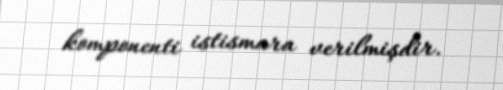
komponenti istismara verilmişdir.